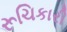
રૂચિકારી